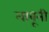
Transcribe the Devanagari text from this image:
लावूनी